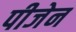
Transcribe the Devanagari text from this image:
पीजेन